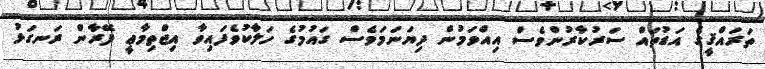
ތަރައްޤީގެ އަޑުތައް ސަރުކާރުންވެސް އިއްވަމުން ދިޔަނަމަވެސް ގައުމުގެ ހަލާކުވެފައިވާ އިޖްތިމާޢީ ފޭރާން ރަނގަޅު